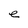
Character: e